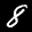
Label: 8